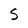
Character: S